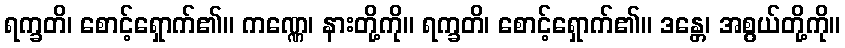
ရက္ခတိ၊ စောင့်ရှောက်၏။ ကဏ္ဏေ၊ နားတို့ကို။ ရက္ခတိ၊ စောင့်ရှောက်၏။ ဒန္တေ၊ အစွယ်တို့ကို။